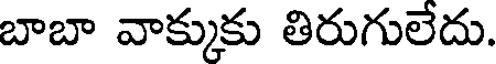
బాబా వాక్కుకు తిరుగులేదు.